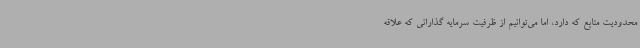
محدودیت منابع که دارد، اما می‌توانیم از ظرفیت سرمایه گذارانی که علاقه